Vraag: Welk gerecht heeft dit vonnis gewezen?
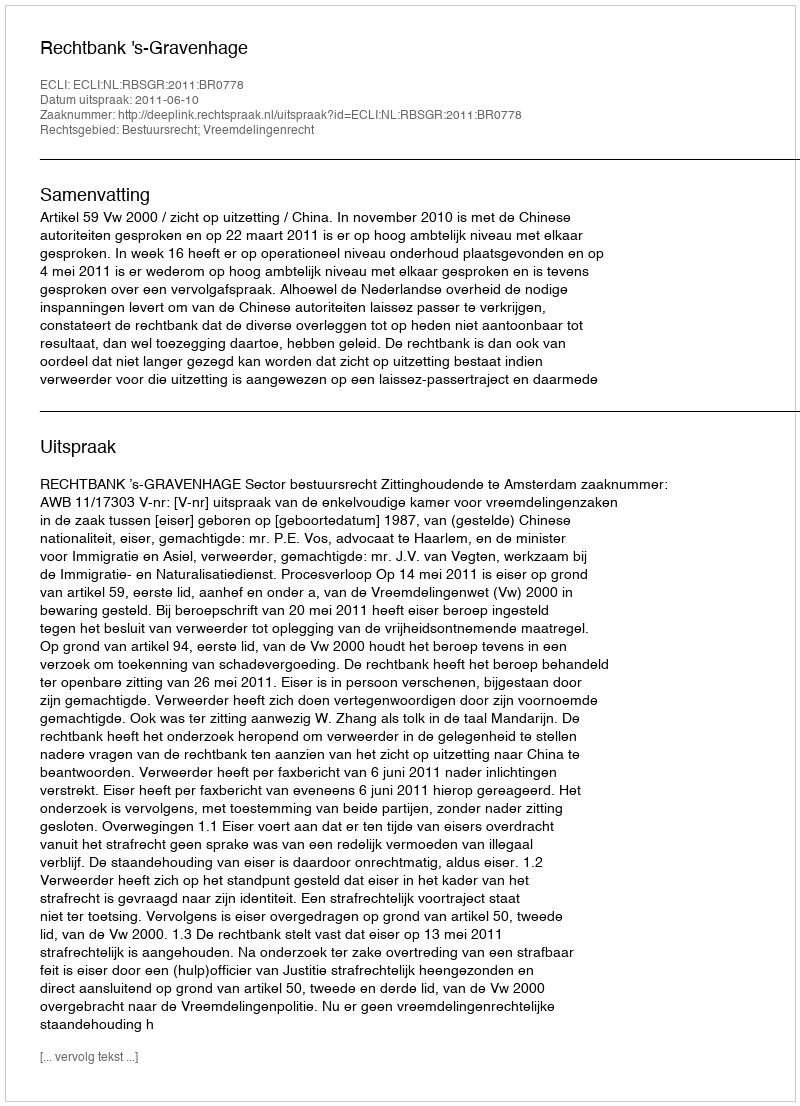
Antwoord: Rechtbank 's-Gravenhage